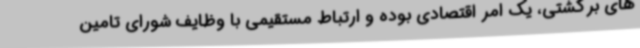
های برگشتی، یک امر اقتصادی بوده و ارتباط مستقیمی با وظایف شورای تامین